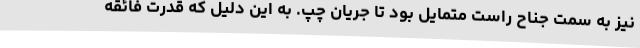
نیز به سمت جناح راست متمایل بود تا جریان چپ. به این دلیل که قدرت فائقه